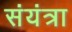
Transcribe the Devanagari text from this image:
संयंत्रा